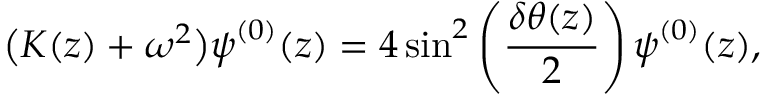
\big ( \boldsymbol { K } ( z ) + \omega ^ { 2 } \big ) \boldsymbol { \psi } ^ { ( 0 ) } ( z ) = 4 \sin ^ { 2 } \left( \frac { \delta \theta ( z ) } { 2 } \right) \boldsymbol { \psi } ^ { ( 0 ) } ( z ) ,